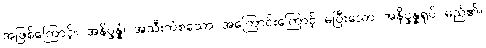
အဖြစ်ကြောင့်။ အနိပ္ဖန္နံ၊ အသီးကံစသော အကြောင်းကြောင့် မပြီးသော အနိပ္ဖန္နရုပ် မည်၏။